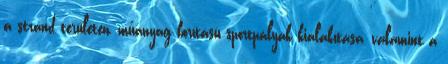
a strand területén, műanyag borítású sportpályák kialakítása, valamint a